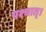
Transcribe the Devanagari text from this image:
पश्चात्‌।